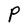
Character: P